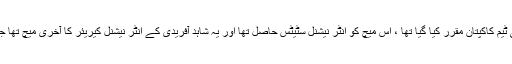
38سالہ شاہد آفرید ی کو ویسٹ انڈیز کے خلاف چیریٹی میچ کے لیے ورلڈ الیون کی ٹیم کاکپتان مقرر کیا گیا تھا ، اس میچ کو انٹر نیشنل سٹیٹس حاصل تھا اور یہ شاہد آفریدی کے انٹر نیشنل کیریئر کا آخری میچ تھا جس میں انہوں نے ایک وکٹ حاصل کرنے کے ساتھ ساتھ 11رنز بھی سکور کیے ۔